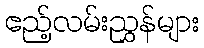
ဧည့်လမ်းညွှန်များ